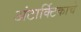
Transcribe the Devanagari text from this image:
अंटार्क्टिकाचे